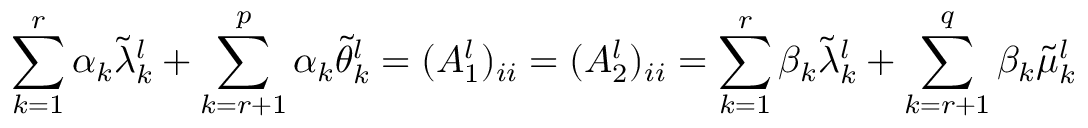
\sum _ { k = 1 } ^ { r } \alpha _ { k } \tilde { \lambda } _ { k } ^ { l } + \sum _ { k = r + 1 } ^ { p } \alpha _ { k } \tilde { \theta } _ { k } ^ { l } = ( A _ { 1 } ^ { l } ) _ { i i } = ( A _ { 2 } ^ { l } ) _ { i i } = \sum _ { k = 1 } ^ { r } \beta _ { k } \tilde { \lambda } _ { k } ^ { l } + \sum _ { k = r + 1 } ^ { q } \beta _ { k } \tilde { \mu } _ { k } ^ { l }